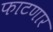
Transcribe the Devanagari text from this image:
फाटणार